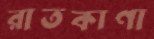
রাতকাণা